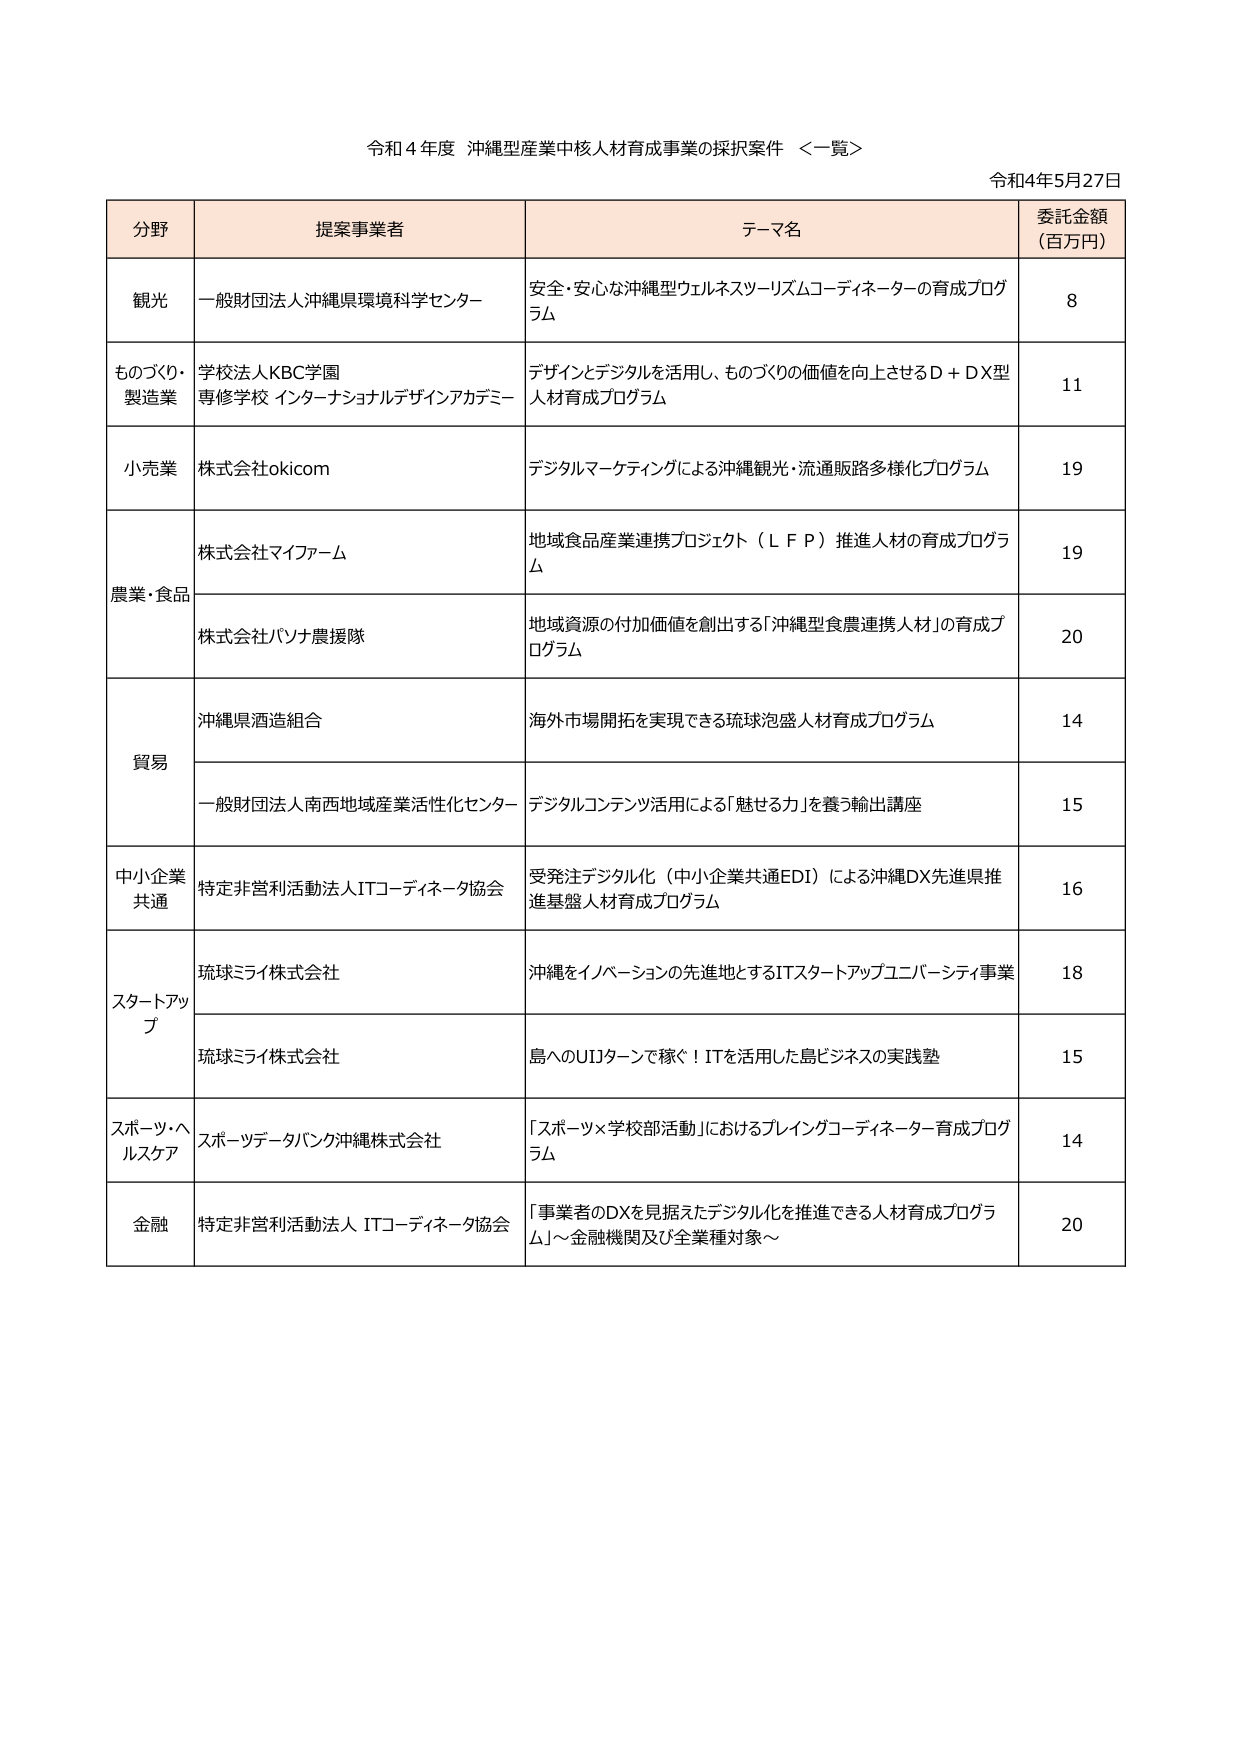
令和4年度 沖縄型産業中核人材育成事業の採択案件 ＜一覧＞
令和4年5月27日

分野	提案事業者	テーマ名	委託金額（百万円）
観光	一般財団法人沖縄県環境科学センター	安全・安心な沖縄型ウェルネスツーリズムコーディネーターの育成プログラム	8
ものづくり・製造業	学校法人KBC学園専修学校 インターナショナルデザインアカデミー	デザインとデジタルを活用し、ものづくりの価値を向上させるD＋DX型人材育成プログラム	11
小売業	株式会社okicom	デジタルマーケティングによる沖縄観光・流通販路多様化プログラム	19
農業・食品	株式会社マイファーム	地域食品産業連携プロジェクト（ＬＦＰ）推進人材の育成プログラム	19
	株式会社パソナ農援隊	地域資源の付加価値を創出する「沖縄型食農連携人材」の育成プログラム	20
貿易	沖縄県酒造組合	海外市場開拓を実現できる琉球泡盛人材育成プログラム	14
	一般財団法人南西地域産業活性化センター	デジタルコンテンツ活用による「魅せる力」を養う輸出講座	15
中小企業共通	特定非営利活動法人ITコーディネータ協会	受発注デジタル化（中小企業共通EDI）による沖縄DX先進県推進基盤人材育成プログラム	16
スタートアップ	琉球ミライ株式会社	沖縄をイノベーションの先進地とするITスタートアップユニバーシティ事業	18
	琉球ミライ株式会社	島へのUIJターンで稼ぐ！ITを活用した島ビジネスの実践塾	15
スポーツ・ヘルスケア	スポーツデータバンク沖縄株式会社	「スポーツ×学校部活動」におけるブレイングコーディネーター育成プログラム	14
金融	特定非営利活動法人 ITコーディネータ協会	「事業者のDXを見据えたデジタル化を推進できる人材育成プログラム」～金融機関及び全業種対象～	20